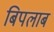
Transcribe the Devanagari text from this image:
बिपलाब